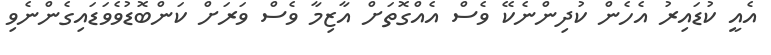
އެއީ ކުޑައިރު އެހެން ކުދިންނެކޭ ވެސް އެއްގޮތަށް އާޒިމާ ވެސް ވަރަށް ކަންބޮޑުވެވަޑައިގެންނެވި